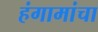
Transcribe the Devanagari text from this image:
हंगामांचा